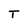
Character: T